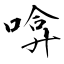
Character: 啽